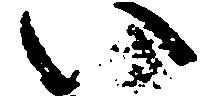
い